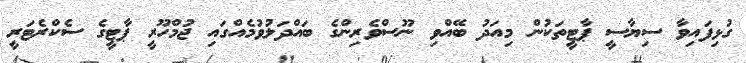
ގުޅިފައިވާ ސިޔާސީ ޕާޓީތަކުން މިއަދު ބޭއްވި ނޫސްވެރިންގެ ބައްދަލުވުމެއްގައި ޖުމްހޫރީ ޕާޓީގެ ސެކްރެޓަރީ